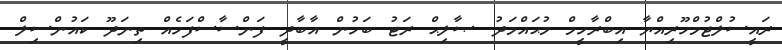
ރައީސުލްޖުމްހޫރިއްޔާ އިބްރާހީމް މުޙައްމަދު ޞާލިޙް ރަޓު ބަހުން އާބާދީ ފަންސާސްފަހެއް ތިނަދޫ ކައުންސިލް